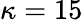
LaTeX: \kappa=15